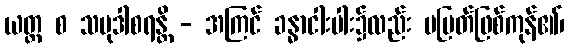
ယတ္ထ စ သမုဒါစရန္တိ - အကြင် ခန္ဓာငါးပါး၌လည်း မပြတ်ဖြစ်ကုန်၏၊